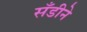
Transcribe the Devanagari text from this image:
सँडीने